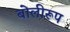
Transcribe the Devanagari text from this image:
बोलीरूप